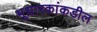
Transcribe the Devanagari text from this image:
भूधारकांकडील